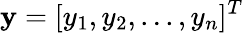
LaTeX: \mathbf{y}=[y_{1},y_{2},...,y_{n}]^{T}